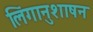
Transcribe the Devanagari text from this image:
लिंगानुशाषन